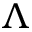
\Lambda